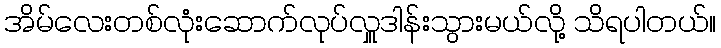
အိမ်လေးတစ်လုံးဆောက်လုပ်လှူဒါန်းသွားမယ်လို့ သိရပါတယ်။